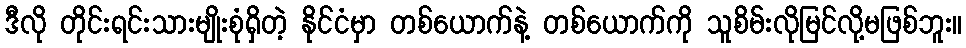
ဒီလို တိုင်းရင်းသားမျိုးစုံရှိတဲ့ နိုင်ငံမှာ တစ်ယောက်နဲ့ တစ်ယောက်ကို သူစိမ်းလိုမြင်လို့မဖြစ်ဘူး။